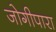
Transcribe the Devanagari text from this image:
जोगीपारा